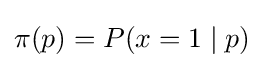
\pi (p)=P(x=1\mid p)